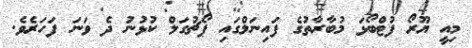
މިއީ ޔޫރޯ ފުޓްބޯޅަ މުބާރާތުގެ ފައިނަލްގައި ޕޯޗުގަލް ކުޅުނު ދެ ވަނަ ފަހަރެވެ.